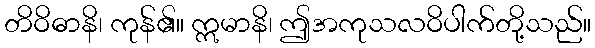
တိဝိဓာနိ၊ ကုန်၏။ ဣမာနိ၊ ဤအကုသလဝိပါက်တို့သည်။